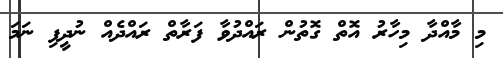
މި މާއްދާ މިހާރު އޮތް ގޮތުން ރައްދުވާ ފަރާތް ރައްދެއް ނުދީފި ނަމަ